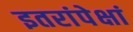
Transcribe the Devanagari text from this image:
इतरांपेक्षां